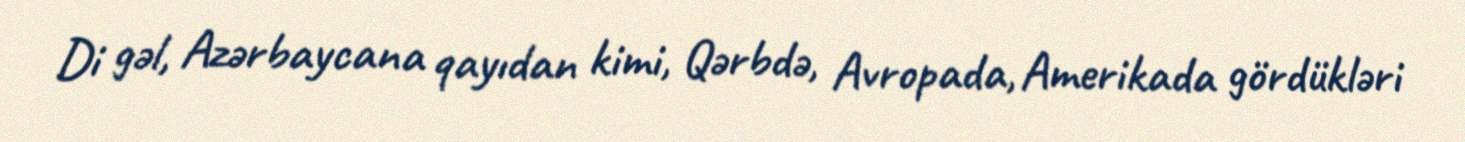
Di gəl, Azərbaycana qayıdan kimi, Qərbdə, Avropada, Amerikada gördükləri